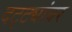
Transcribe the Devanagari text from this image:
दट्ट्यांवर